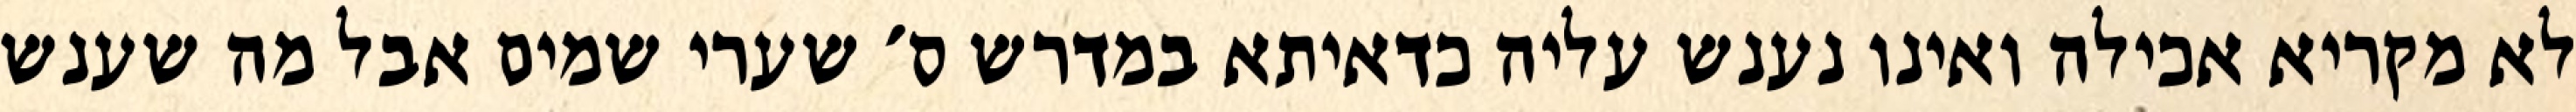
לא מקריא אכילה ואינו נענש עליה כדאיתא במדרש ס׳ שערי שמים אבל מה שענש